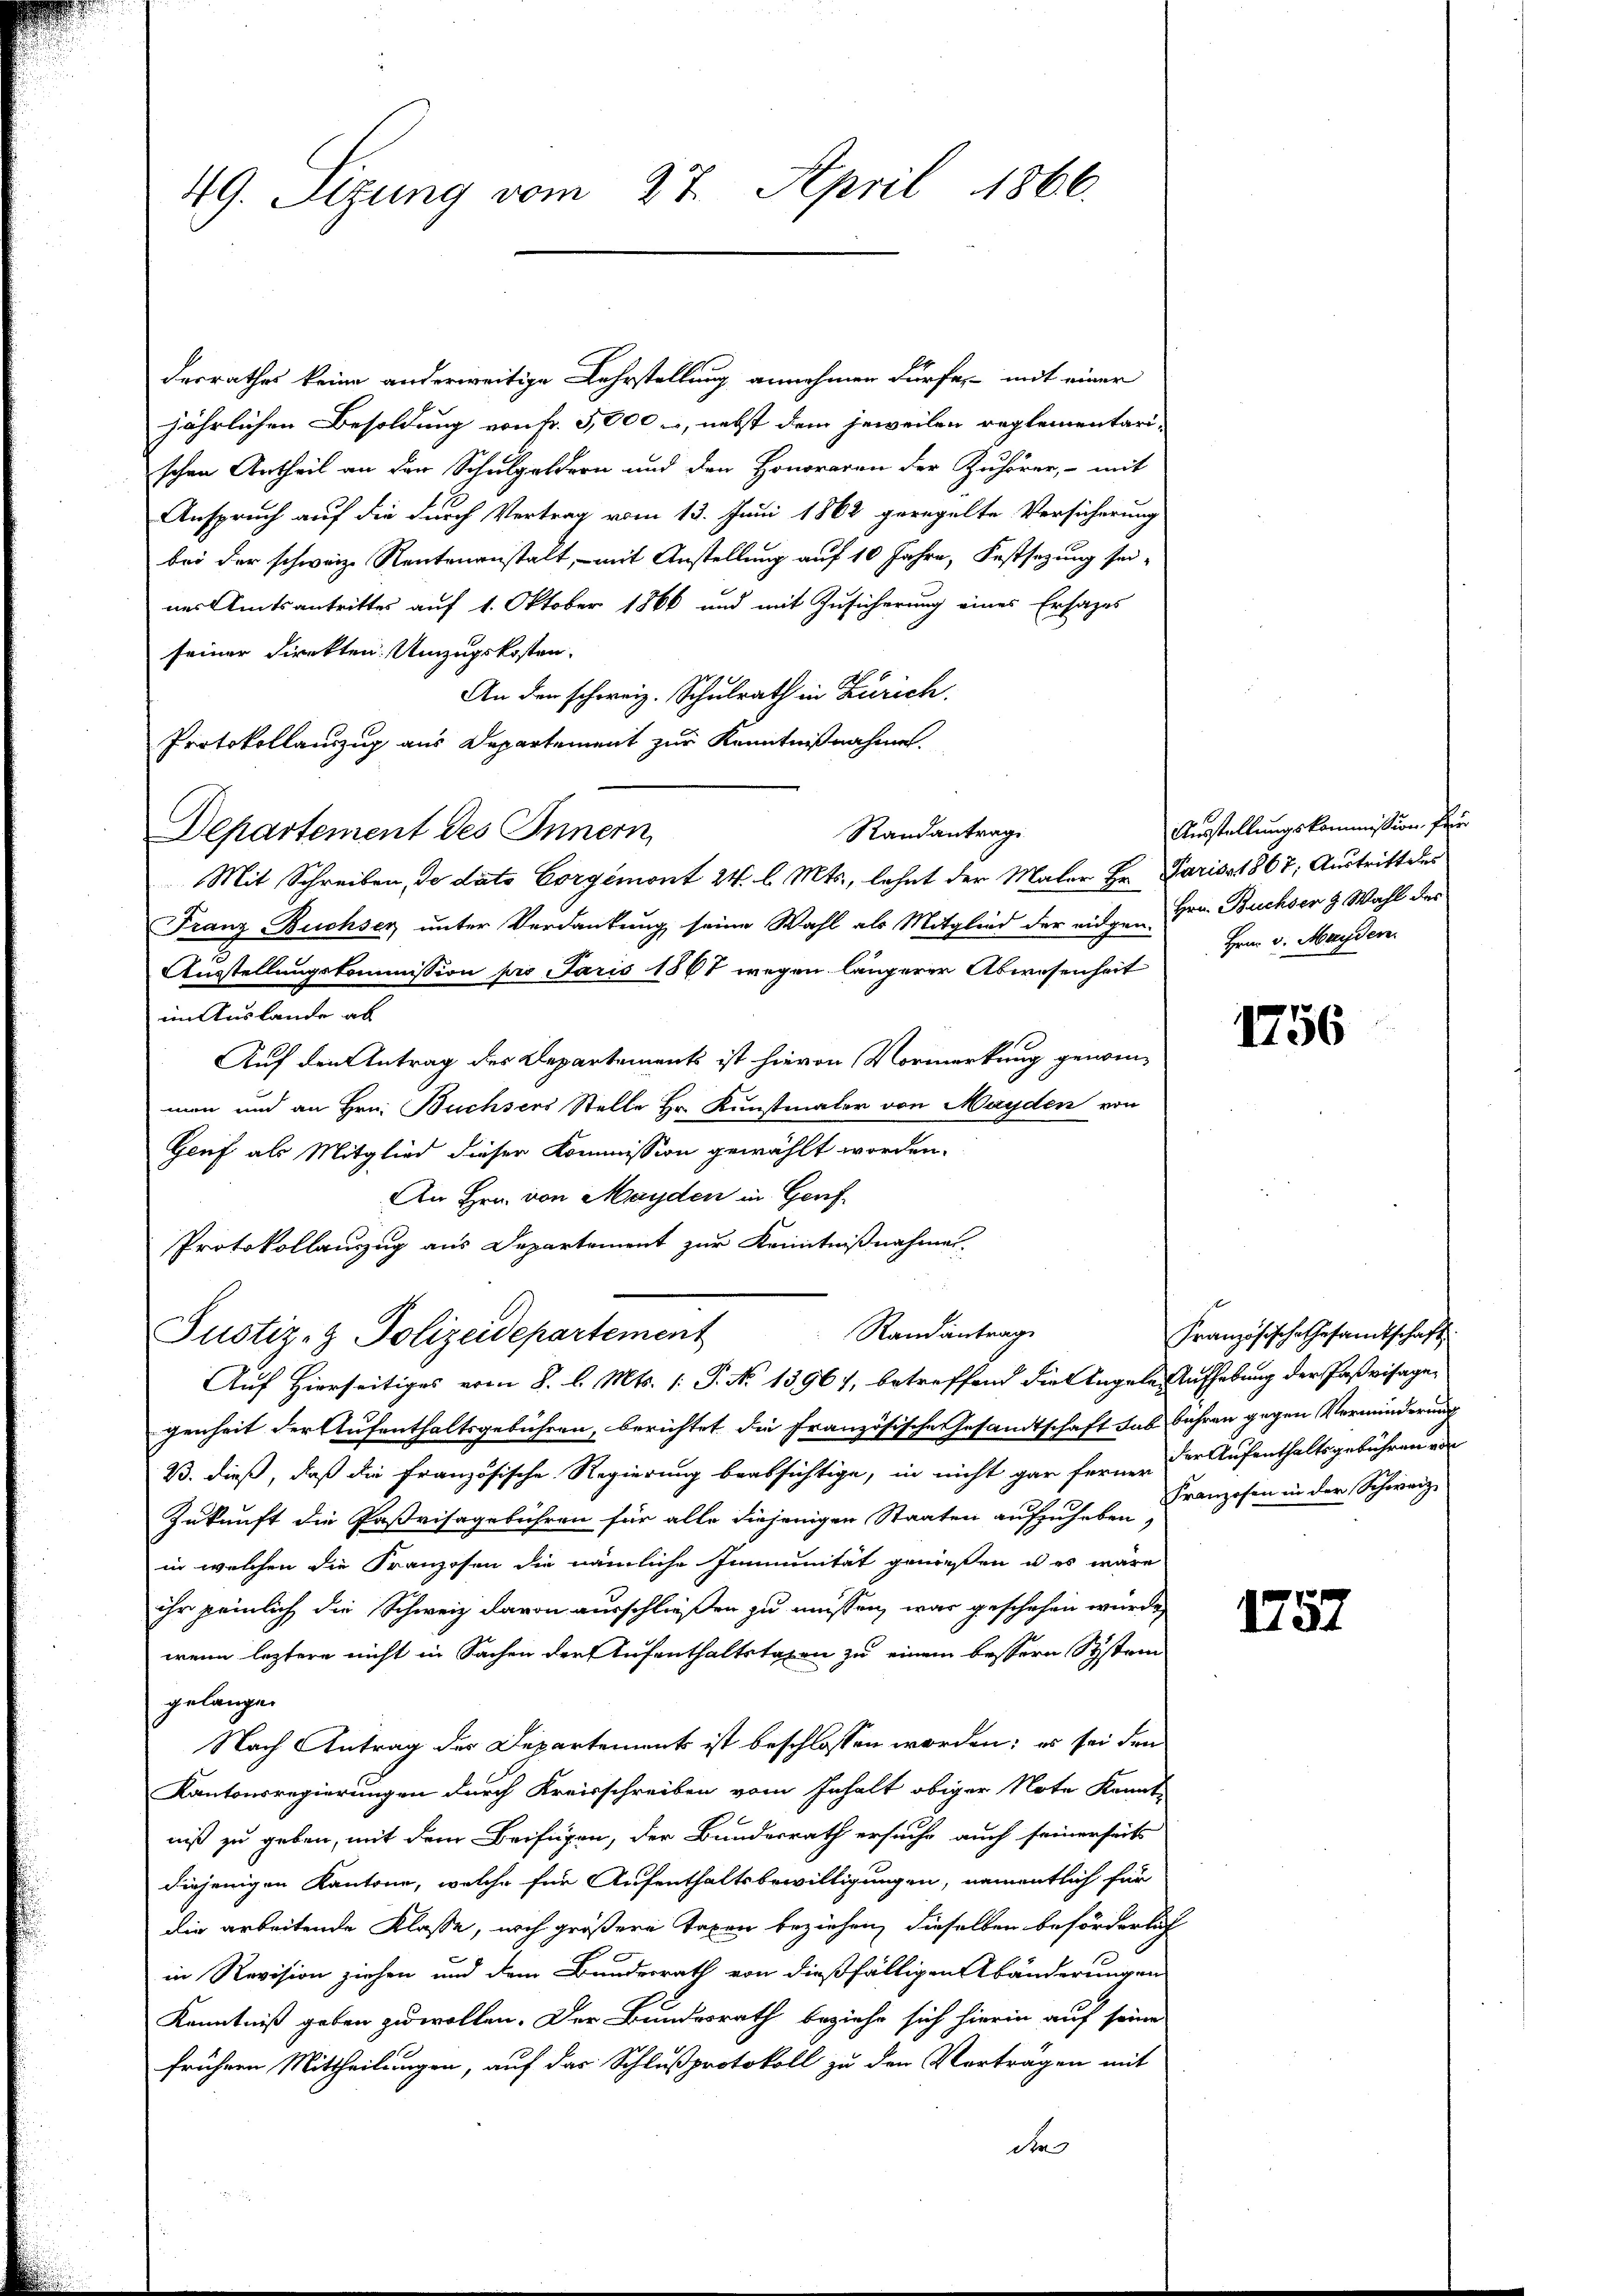
49. Sizung vom 27. April 1866.

desrathes keine anderweitige Lehrstellung annehmen dürfe, mit einer
jährlichen Besoldung von Fr. 3,000 -, nebst dem jeweilen reglementari-
schen Urtheil an der Schulgeldern und den Honoraren der Zuhörer, - mit
Anspruch auf die durch Vertrag vom 13. Juni 1862 geregelte Versicherung
bei der schweiz. Rentenanstalt, – mit Anstellung auf 10 Jahre, Festsezung seines Amtsantrittes auf 1. Oktober 1866 und mit Zusicherung eines Ersatzes
seiner Direkten. Umzugskosten.
An den schweiz. Schulrath in Zürich.
Protokollauszug aus Departement zur Kenntnißnahmen.
Randantrag
Departement des Innern,
Mit Schreiben, de dato Corgémont 24. l. Mts., lehnt der Maler Hr. Pariss 1867; Austritt des
Franz-Buchser unter Verdankung seine Wahl als Mitglied der eingen Hrn. Buchser & Wahl des
Ausstellungskommission pro Jaris 1867 wegen längerer Abwesenheit
im Auslande ab
Auf den Antrag des Departements ist hievon Vormerkung genommen und an Hrn. Buchsers Stelle Hr. Kunstmaler von Mayden von
Genf als Mitglied dieser Kommission gewählt worden.
An Hrn. von Mayden in Genf.
Protokollauszug aus Departement zur Kenntnißnahme.
Randantrag
Justiz- & Polizeidepartement
Auf Hierseitiges vom 8. l. Mts. 1. P. No 1396), betreffend die Tagele Aufhebung der Paßvisagegenheit der Aufenthaltsgebühren, berichtet die Französische Gesandtschaft das Führen gegen Verminderung
B. dieß, daß die französische Regierung beabsichtige, in nicht gar ferne der Aufenthaltsgebühren de
Zukunft die Paßvisagebühren für alle diejenigen Staaten aufzuheben Franzosen in der Schweiz.
in welchen die Franzosen die nämliche Immunität genießen u es wäre
ihr peinlich die Schweiz davon ausschließen zu müssen, was geschehen würde,
wenn leztere nicht in Sachen der Aufenthaltstagen zu einem bessern System
gelangen
Nach Antrag des Departement ist beschlossen worden; es sei den
Kantonsregierungen durch Kreisschreiben vom Inhalt obiger Note konnt
niß zu geben, mit dem Beifügen, der Bundesrath ersuche auch seinerseits
diejenigen Kantone, welche für Aufenthaltsbewilligungen, namentlich für
die arbeitende Klasse, noch größere Taxen beziehen, dieselben beförderlich
in Revision ziehen und dem Bundesrath von dießfälligen Abänderung en
Kenntniß geben zu wollen. Der Bundesrath beziehe sich hierin auf seine
frühern Mittheilungen, auf das Schlußprotokoll zu den Vortragen mit
die

Ausstellungskommission für
Hrn. v. Mayden.

1756

Französische Gesamtschaft

1757